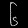
Digit: ၆